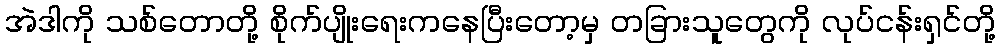
အဲဒါကို သစ်တောတို့ စိုက်ပျိုးရေးကနေပြီးတော့မှ တခြားသူတွေကို လုပ်ငန်းရှင်တို့